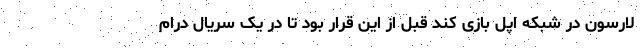
لارسون در شبکه اپل بازی کند قبل از این قرار بود تا در یک سریال درام